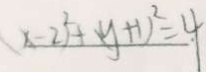
( x - 2 ) ^ { 2 } + ( y + 1 ) ^ { 2 } = 4